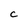
Character: c